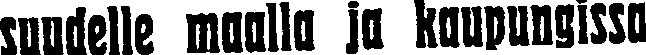
suudelle maalla ja kaupungissa